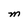
Character: M